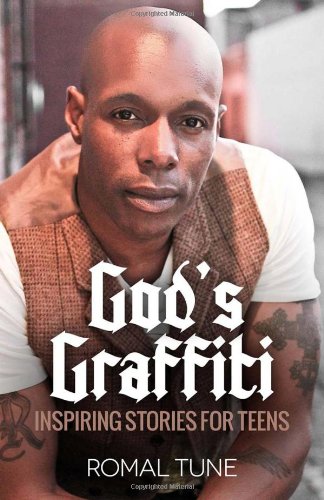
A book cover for God's Graffiti: Inspiring Stories for Teens; Romal J. Tune; Christian Books & Bibles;